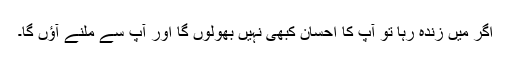
اگر میں زندہ رہا تو آپ کا احسان کبھی نہیں بھولوں گا اور آپ سے ملنے آؤں گا۔